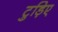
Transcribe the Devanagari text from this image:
टुड़िए